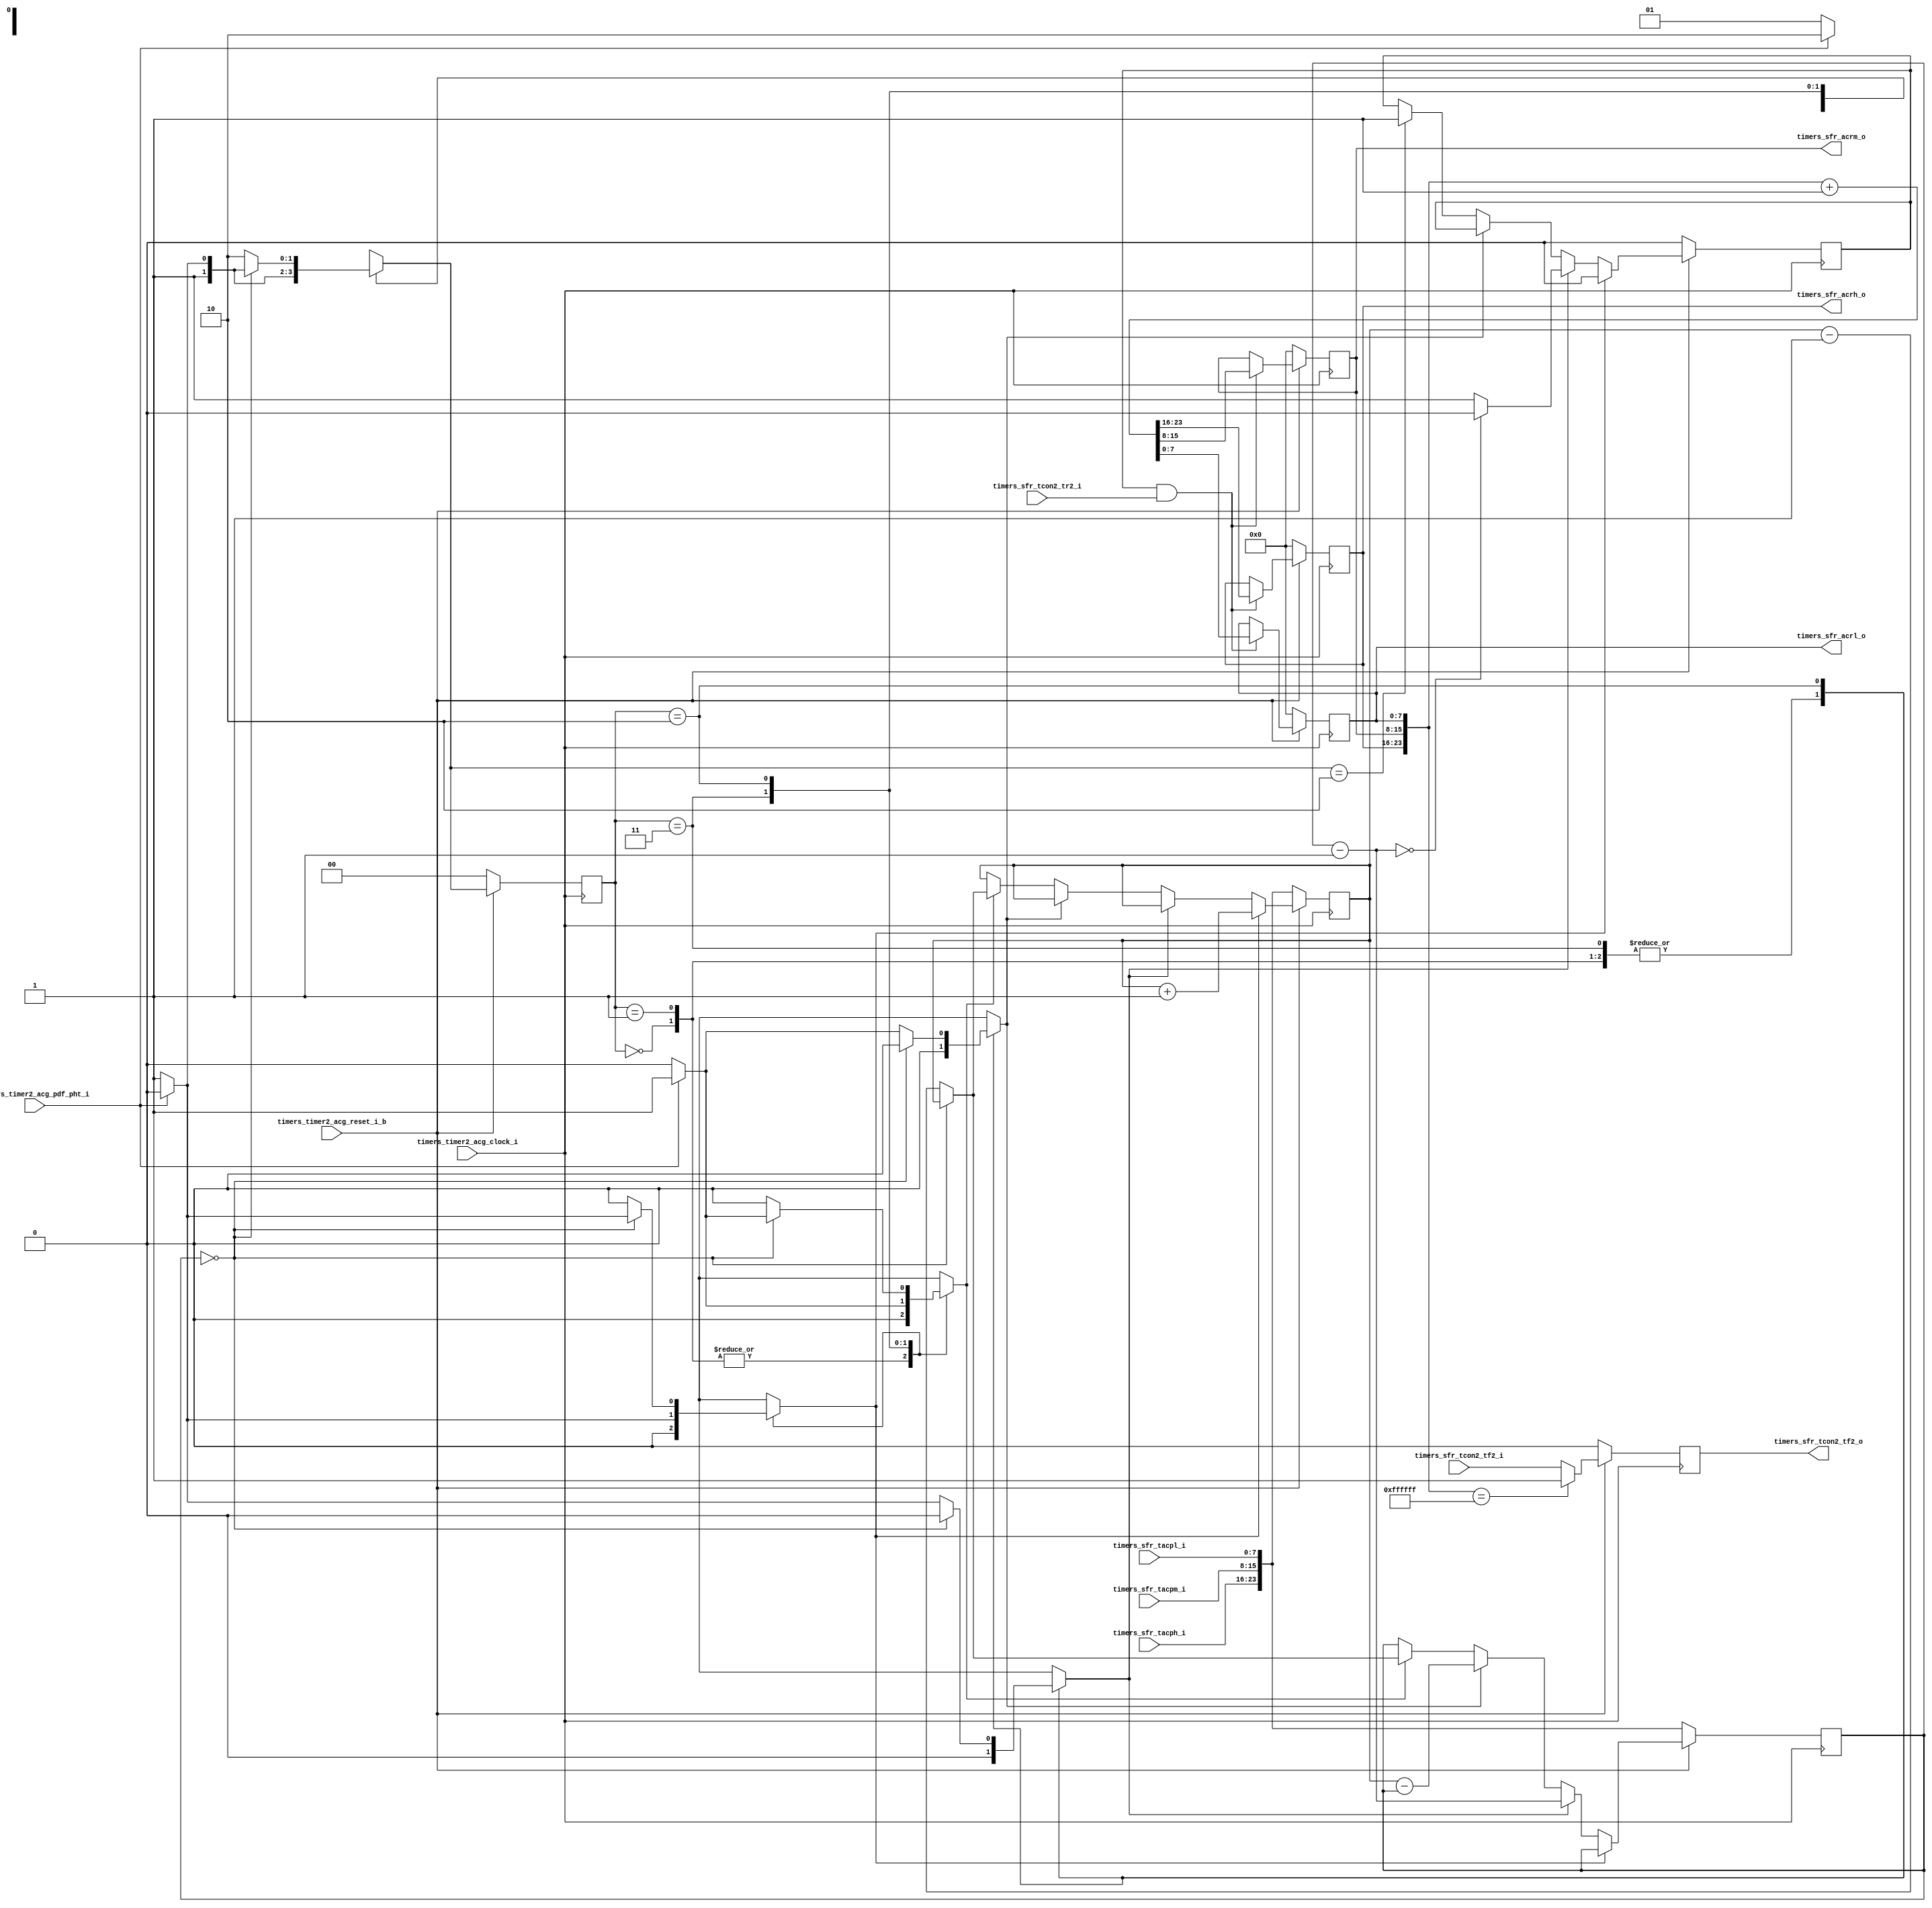
module timers_timer2_acg (
                           timers_timer2_acg_clock_i   ,
                           timers_timer2_acg_reset_i_b ,
                           timers_timer2_acg_pdf_pht_i ,
                           timers_sfr_tacpl_i          ,
                           timers_sfr_tacpm_i          ,
                           timers_sfr_tacph_i          ,
                           timers_sfr_tcon2_tf2_i      ,
                           timers_sfr_tcon2_tr2_i      ,
                           
                           timers_sfr_acrh_o           ,
                           timers_sfr_acrm_o           ,
                           timers_sfr_acrl_o           ,
                           timers_sfr_tcon2_tf2_o
                        );  
                     
                     
                     
input            timers_timer2_acg_clock_i   ;
input            timers_timer2_acg_reset_i_b ;
input            timers_timer2_acg_pdf_pht_i ;
input      [7:0] timers_sfr_tacpl_i          ;
input      [7:0] timers_sfr_tacpm_i          ;
input      [7:0] timers_sfr_tacph_i          ;
input            timers_sfr_tcon2_tf2_i      ;
input            timers_sfr_tcon2_tr2_i      ;
   
output reg [7:0] timers_sfr_acrh_o           ;
output reg [7:0] timers_sfr_acrm_o           ;
output reg [7:0] timers_sfr_acrl_o           ;
output reg       timers_sfr_tcon2_tf2_o      ;
                 

// ------------------------- INTERNAL VARIABLES --------------------------------

reg [23:0]  angle_clk        ;
reg [23:0]  angle_clk_period ;
reg         acr_inc          ; // enable variable from ACR.
reg         incre            ,
            decre            ,
            update_inc       ,
            update_dec       ;

// ------------------------- STATE DEFINITION ----------------------------------

   localparam [1:0]  IDLE = 2'b00,
                     PHY  = 2'b01,
                     DEC  = 2'b10,
                     INC  = 2'b11;
                           
   reg [1:0] state          ,
             next_state     ;

// ----------- RESET VALUES (Sequential Procedures for state)-------------------
                      
always @(posedge timers_timer2_acg_clock_i)
begin
   if ( !timers_timer2_acg_reset_i_b )
      begin
         state                  <= IDLE                   ;
         acr_inc                <= 1'b0                   ;
         angle_clk              <= { timers_sfr_tacph_i, 
                                     timers_sfr_tacpm_i,
                                     timers_sfr_tacpl_i } ;
         
         angle_clk_period       <= { timers_sfr_tacph_i, 
                                     timers_sfr_tacpm_i,
                                     timers_sfr_tacpl_i } ;
         
      end // if ( !reset )
      
   else// else if ( !reset )
   begin
      state <= next_state ;

      if ( incre )
      begin
            angle_clk_period <= angle_clk_period + 1'b1 ;
            
            acr_inc <= 1'b0 ;
      end
      else 
      begin
         if ( decre )
            begin
               angle_clk <= angle_clk - 1'b1 ;
               
               if ((angle_clk - 1'b1) == 10'd0)
                  acr_inc <= 1'b0 ;
               else
                  acr_inc <= 1'b1 ;
               
            end
         else
         begin
            if ( update_dec )
               begin
                  angle_clk   <= angle_clk_period - angle_clk ;
                  

               end
            else
            begin
               if( next_state == DEC )
                  acr_inc <= 1'b1 ;
                  
               if ( update_inc )
               begin
                  if ( angle_clk == 24'd0 )
                     begin
                        angle_clk        <= angle_clk_period ;
//                        angle_clk_period <= angle_clk_period ;
                     
                     end
                  else
                  begin
                        angle_clk        <= angle_clk_period - 1'b1 ;
                        angle_clk_period <= angle_clk_period - 1'b1 ;
                     
                  end  
                  
                  
               end
            end
         end
      end
   end // else if ( !reset )
end
// -----------------------------------------------------------------------------                  


// ------- STATES DEFINITION (Combinational Procedure for next state)-----------

always @(state, timers_timer2_acg_pdf_pht_i, angle_clk )
begin
   next_state = state          ;
   
   case( state )
   
      IDLE  :  begin
                  decre       = 1'b0    ;
                  incre       = 1'b0    ;
                  update_inc  = 1'b0    ;
                  update_dec  = 1'b0    ;
                  next_state  = PHY     ;
               end // IDLE
               
      PHY   :  begin
                  decre       = 1'b0    ;
                  incre       = 1'b0    ;
                  update_inc  = 1'b0    ;
                  update_dec  = 1'b0    ;
                  
                  if( timers_timer2_acg_pdf_pht_i )
                     begin
                        next_state  = DEC     ;
                     end
                  else
                  begin
                     next_state  = PHY     ;
                  end
               end // PHY
                  
      INC   :  begin
                  decre       = 1'b0    ;
                  update_dec  = 1'b0    ;
                  
                  if( timers_timer2_acg_pdf_pht_i )
                     begin
                        incre       = 1'b0    ;
                        update_inc  = 1'b1    ;
                        next_state  = DEC     ;
                     end // if( timers_timer2_acg_pdf_pht_i )
                  else
                  begin
                     incre       = 1'b1    ;
                     update_inc  = 1'b0    ;
                     next_state  = INC     ;
                  end
               end // INC
      
      DEC   :  begin
                  if ( angle_clk == 24'd0 )
                     begin
                        decre       = 1'b0 ;
                        update_dec  = 1'b0 ;
                        
                        if( timers_timer2_acg_pdf_pht_i)
                           begin
                              incre       = 1'b0 ;
                              update_inc  = 1'b1 ;
                              next_state  = DEC  ;
                           end
                        else
                        begin
                              incre       = 1'b1 ;
                              update_inc  = 1'b0 ;
                              next_state  = INC  ;
                        end
                     end
                  else
                  begin
                     incre       = 1'b0    ;
                     update_inc  = 1'b0    ;
                     next_state  = DEC     ;
                     
                     if( timers_timer2_acg_pdf_pht_i )
                        begin
                           decre       = 1'b0    ;
                           update_dec  = 1'b1    ;
                        end
                     else
                     begin
                        decre       = 1'b1    ;
                        update_dec  = 1'b0    ;
                     end
                  end
               end // DEC
   
      default :   begin
                     decre       = 1'b0    ;
                     incre       = 1'b0    ;
                     update_inc  = 1'b0    ;
                     update_dec  = 1'b0    ;
                     next_state  = IDLE    ;
                  end
   endcase

end


// -----------------------------------------------------------------------------                  




// -------------------- ACR BLOCK ( COUNTER ) ----------------------------------                  

always @(posedge timers_timer2_acg_clock_i)
begin
   if ( !timers_timer2_acg_reset_i_b )
      begin
         {timers_sfr_acrh_o ,
          timers_sfr_acrm_o ,
          timers_sfr_acrl_o } <= 24'd0;

         timers_sfr_tcon2_tf2_o <= 1'b0 ;
      end
   else
   begin
      if ( acr_inc && timers_sfr_tcon2_tr2_i )
      begin
         {timers_sfr_acrh_o ,
          timers_sfr_acrm_o ,
          timers_sfr_acrl_o}  <= {timers_sfr_acrh_o ,
                                  timers_sfr_acrm_o ,
                                  timers_sfr_acrl_o } +1'b1;
      end
   
      if ( {timers_sfr_acrh_o, timers_sfr_acrm_o, timers_sfr_acrl_o} == 24'hffffff )
         timers_sfr_tcon2_tf2_o <= 1'b1 ;
      else
         timers_sfr_tcon2_tf2_o <= timers_sfr_tcon2_tf2_i ;
   end

end

// -----------------------------------------------------------------------------                  

endmodule